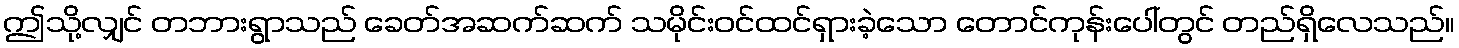
ဤသို့လျှင် တဘားရွာသည် ခေတ်အဆက်ဆက် သမိုင်းဝင်ထင်ရှားခဲ့သော တောင်ကုန်းပေါ်တွင် တည်ရှိလေသည်။